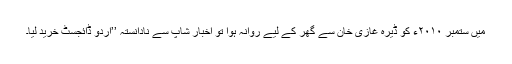
میں ستمبر ۲۰۱۰ء کو ڈیرہ غازی خان سے گھر کے لیے روانہ ہوا تو اخبار شاپ سے نادانستہ ’’اُردو ڈائجسٹ خرید لیا۔